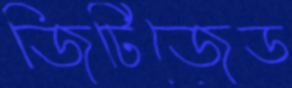
জিটিজেড